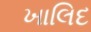
ખાલિદ